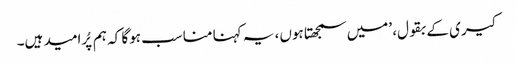
کیری کے بقول، ’میں سمجھتا ہوں، یہ کہنا مناسب ہوگا کہ ہم پُرامید ہیں۔